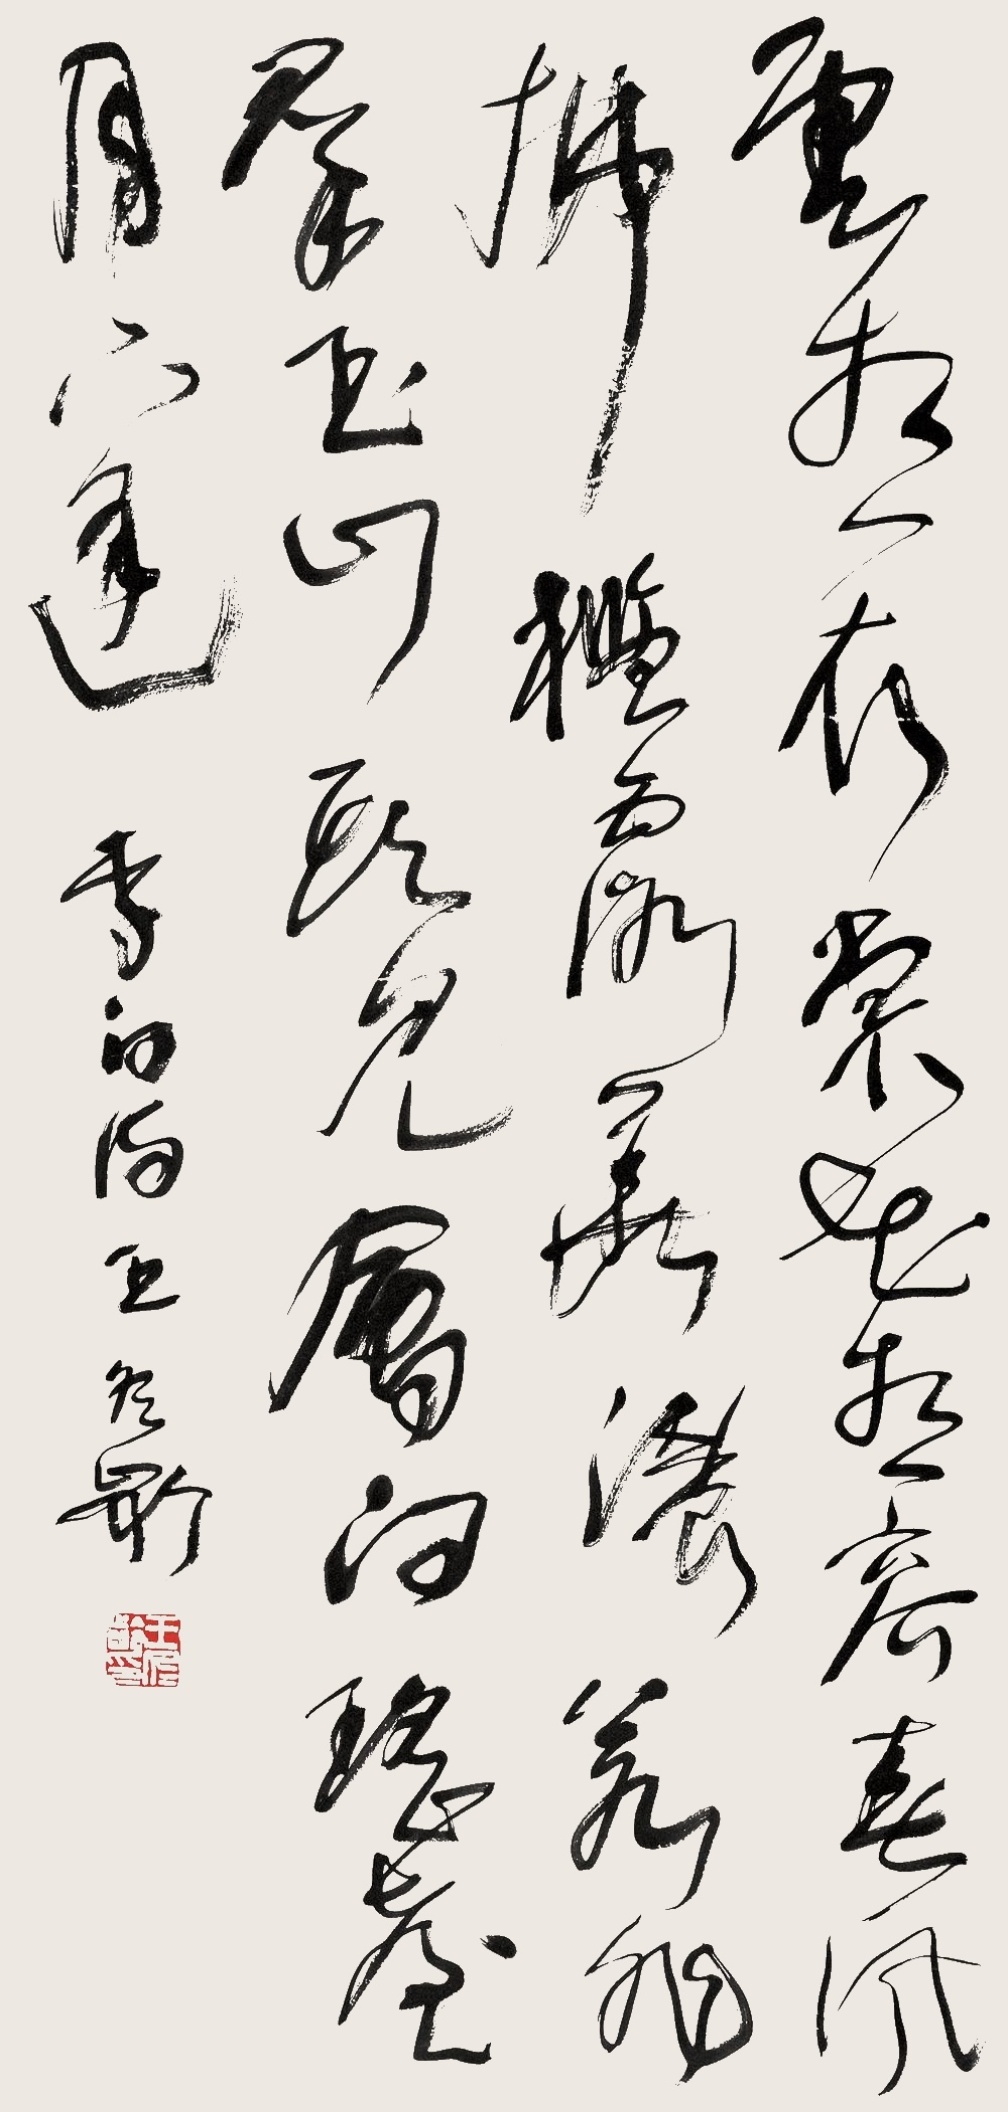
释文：云想衣裳花想容，春风拂槛露花浓。若非群玉山头见，会向瑶台月下逢。李白诗、王冬龄。